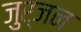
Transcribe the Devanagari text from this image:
जुर्जन